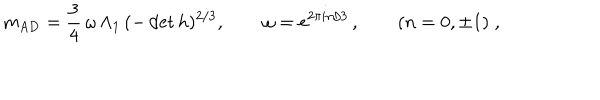
m _ { \mathrm { A D } } = \frac 3 4 \, \omega \, \Lambda _ { 1 } \, ( - \det h ) ^ { 2 / 3 } , \qquad \omega = \mathrm { e } ^ { 2 \pi i n / 3 } \, , \qquad ( n = 0 , \pm 1 ) \; ,